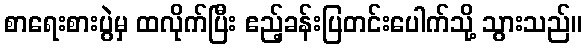
စာရေးစားပွဲမှ ထလိုက်ပြီး ဧည့်ခန်းပြတင်းပေါက်သို့ သွားသည်။